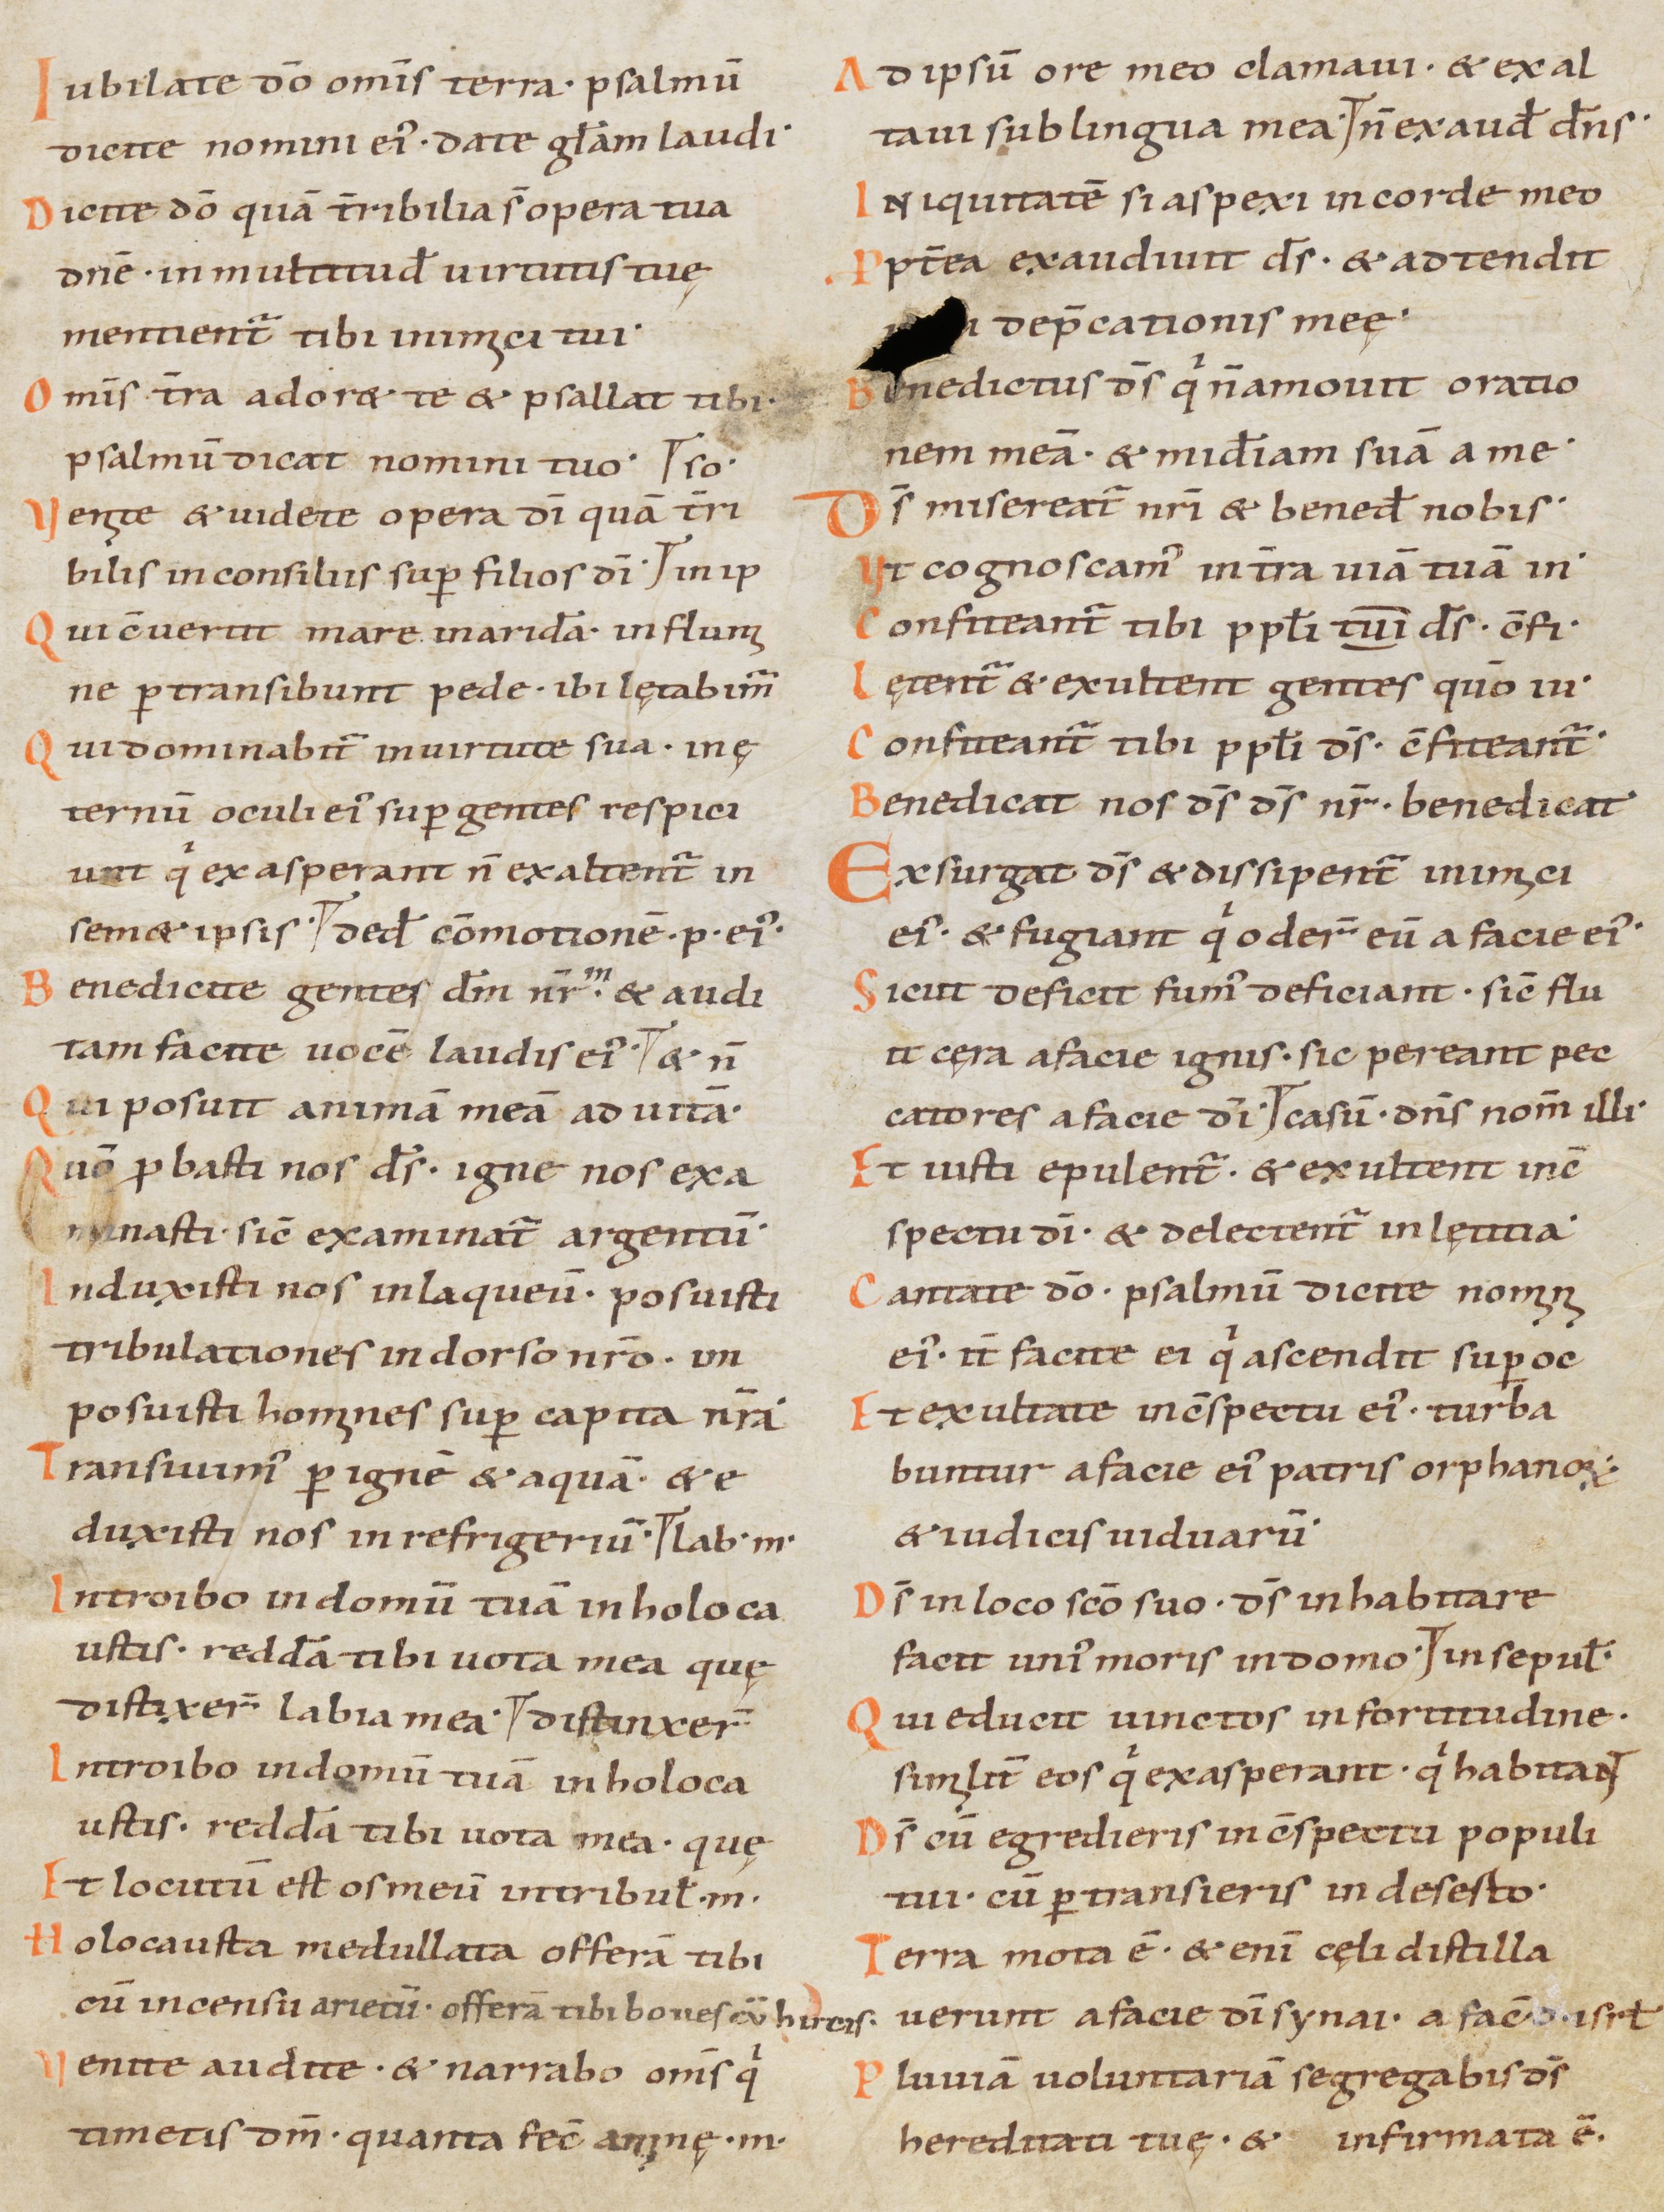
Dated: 900–999